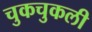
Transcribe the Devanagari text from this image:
चुकचुकली